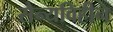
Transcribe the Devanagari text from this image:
सैन्यविहीन